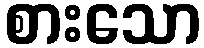
စားသော